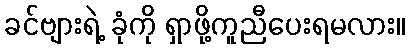
ခင်ဗျားရဲ့ ခုံကို ရှာဖို့ကူညီပေးရမလား။